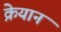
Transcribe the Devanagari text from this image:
क्रेयान